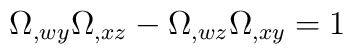
\Omega_{,wy}\Omega_{,xz} - \Omega_{,wz}\Omega_{,xy} = 1